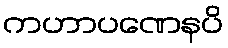
ကဟာပဏေနပိ